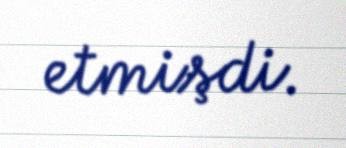
etmişdi.